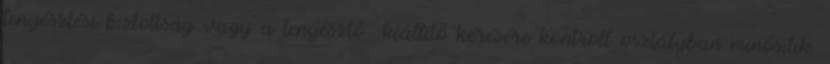
tenyésztési biztottság vagy a tenyésztő kiállító kérésére kontroll osztályban minősítik.